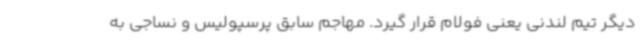
دیگر تیم لندنی یعنی فولام قرار گیرد. مهاجم سابق پرسپولیس و نساجی به